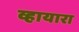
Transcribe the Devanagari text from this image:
व्हायारा